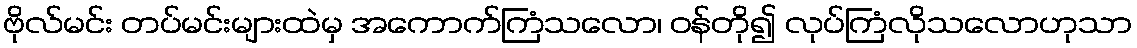
ဗိုလ်မင်း တပ်မင်းများထဲမှ အကောက်ကြံသလော၊ ဝန်တို၍ လုပ်ကြံလိုသလောဟုသာ